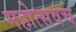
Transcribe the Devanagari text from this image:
महोत्सवच